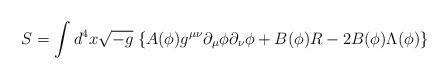
LaTeX: \begin{align*}S= \int d^4x \sqrt{-g}\; \{ A(\phi)g^{\mu\nu}\partial_{\mu}\phi\partial_{\nu}\phi + B(\phi)R -2B(\phi) \Lambda(\phi) \}\end{align*}